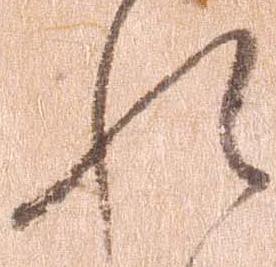
れ